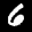
Label: 6